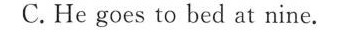
C. He goes to bed at nine.